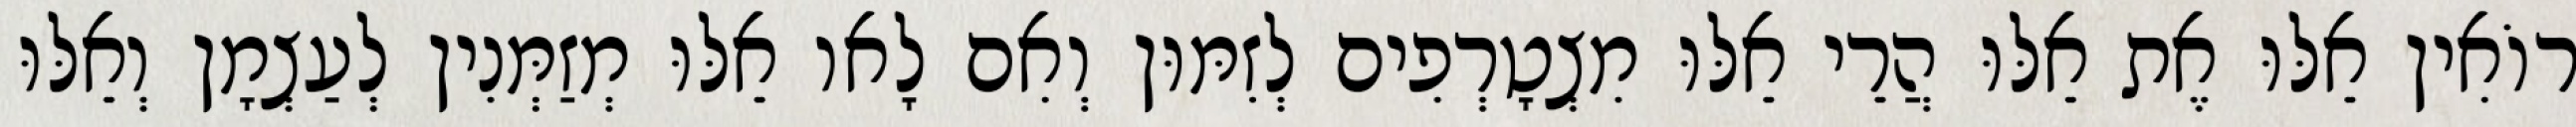
רוֹאִין אֵלּוּ אֶת אֵלּוּ הֲרֵי אֵלּוּ מִצְטָרְפִים לְזִמּוּן וְאִם לָאו אֵלּוּ מְזַמְּנִין לְעַצְמָן וְאֵלּוּ